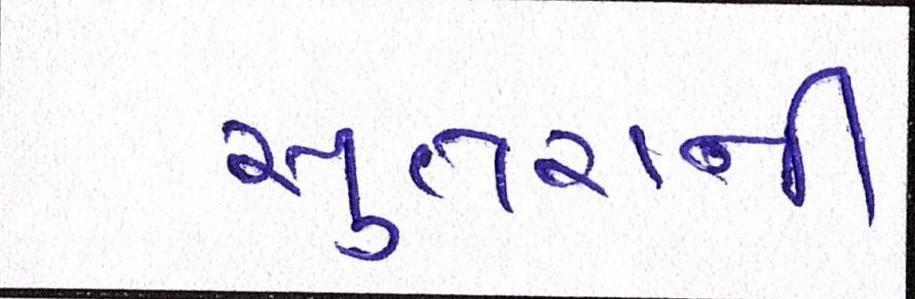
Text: સુતરાની